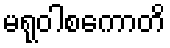
မရုဝါစကောတိ